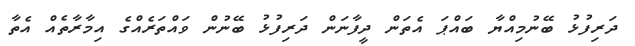
ދަރިފުޅު ބޭނުމިއްޔާ ބައްޕަ އެތަން ދީފާނަން ދަރިފުޅު ބޭނުން ވައްތަރެއްގެ އިމާރާތެއް އެތާ